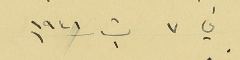
في ٧ ت١ سنه ١٩٤١